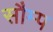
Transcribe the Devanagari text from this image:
सौम्प